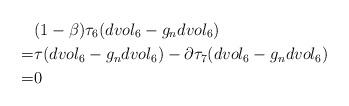
LaTeX: \begin{align*}&(1-\beta)\tau_6(dvol_6 -g_n dvol_6)\\=&\tau(dvol_6 -g_n dvol_6)-\partial \tau_7(dvol_6 -g_n dvol_6)\\=&0\end{align*}